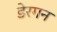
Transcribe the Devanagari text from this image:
डेरगन